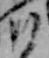
ひ